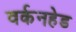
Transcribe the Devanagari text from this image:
वर्कनहेड